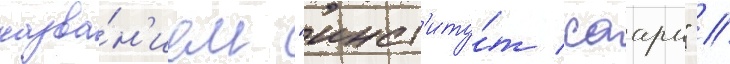
назва́н'ием "инст'иту́т саарн" //